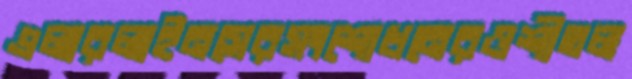
এলারলাইনসেরসংশোধনেরওশীতল